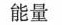
能量